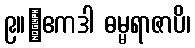
၉။	ဧကဒါ ဓမ္မရာဇာပိ၊